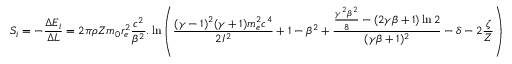
S _ { i } = - \frac { \Delta E _ { i } } { \Delta L } = 2 \pi \rho Z m _ { 0 } r _ { e } ^ { 2 } \frac { c ^ { 2 } } { \beta ^ { 2 } } . \ln \left( \frac { ( \gamma - 1 ) ^ { 2 } ( \gamma + 1 ) m _ { e } ^ { 2 } c ^ { 4 } } { 2 I ^ { 2 } } + 1 - \beta ^ { 2 } + \frac { \frac { \gamma ^ { 2 } \beta ^ { 2 } } { 8 } - ( 2 \gamma \beta + 1 ) \ln 2 } { ( \gamma \beta + 1 ) ^ { 2 } } - \delta - 2 \frac { \zeta } { Z } \right)